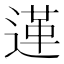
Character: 𨔷